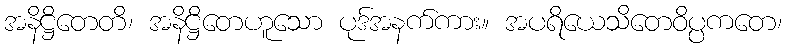
အနိဋ္ဌိတေတိ၊ အနိဋ္ဌိတေဟူသော ပုဒ်အနက်ကား။ အပရိယေသိတေဝိပ္ပကတေ၊